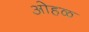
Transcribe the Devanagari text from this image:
ओहळ